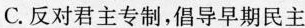
C.反对君主专制，倡导早期民主